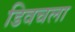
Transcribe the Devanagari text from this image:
डिवचला